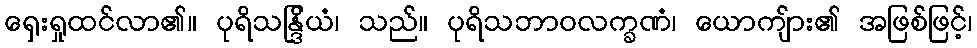
ရှေးရှုထင်လာ၏။ ပုရိသန္ဒြိယံ၊ သည်။ ပုရိသဘာဝလက္ခဏံ၊ ယောကျ်ား၏ အဖြစ်ဖြင့်၊